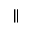
\|